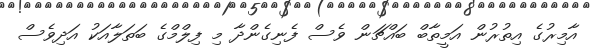
އާމިރުގެ އިތުރުން އަމީތާބް ބައްޗަން ވެސް ފެނިގެންދާ މި ފިލްމްގެ ބަތަލާއަކު އަދިވެސް